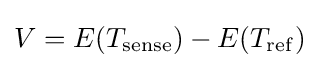
V=E(T_{\mathrm {sense} })-E(T_{\mathrm {ref} })